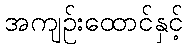
အကျဉ်းထောင်နှင့်